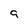
Character: 9